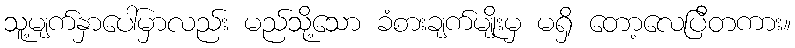
သူ့မျက်နှာပေါ်မှာလည်း မည်သို့သော ခံစားချက်မျိုးမှ မရှိ တော့လေပြီတကား။